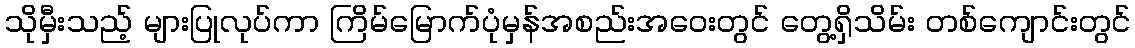
သိုမှီးသည့် များပြုလုပ်ကာ ကြိမ်မြောက်ပုံမှန်အစည်းအဝေးတွင် တွေ့ရှိသိမ်း တစ်ကျောင်းတွင်